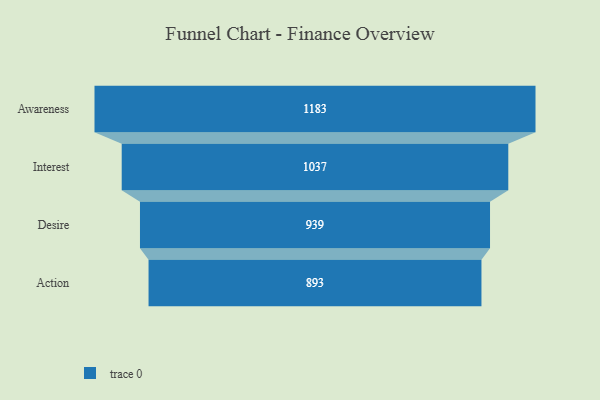
{"axis": {"x": "Stage", "y": "Value"}, "legend": [""], "data": [{"x": "Awareness", "y": 1183.0, "type": ""}, {"x": "Interest", "y": 1037.0, "type": ""}, {"x": "Desire", "y": 939.0, "type": ""}, {"x": "Action", "y": 893.0, "type": ""}]}